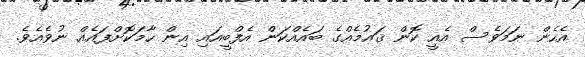
އެހެން ނަމަވެސް އެއީ ކޮން ޤައުމެއްގެ ބައެއްކަން އެފްބީއައި އިން ހާމަކޮށްފައެއް ނުވެއެވެ.